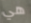
هي